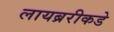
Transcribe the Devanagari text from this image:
लायब्ररीकडे